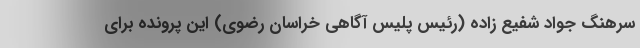
سرهنگ جواد شفیع زاده (رئیس پلیس آگاهی خراسان رضوی) این پرونده برای